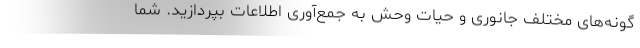
گونه‌های مختلف جانوری و حیات وحش به جمع‌آوری اطلاعات بپردازید. شما